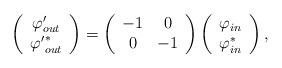
LaTeX: \begin{align*}\left(\begin{array}{cc} {\varphi}'_{out} \\ {{\varphi}'}_{out}^* \\ \end{array}\right)=\left(\begin{array}{cc} -1 & 0 \\ 0 & -1 \\ \end{array} \right)\left(\begin{array}{cc} \varphi_{in} \\ \varphi_{in}^* \\ \end{array}\right),\end{align*}